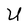
Character: U